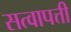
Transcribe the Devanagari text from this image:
सत्वापत्ती